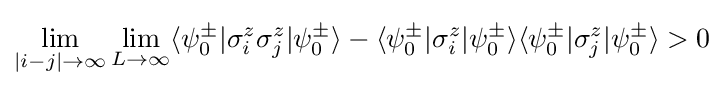
\lim _{|i-j|\rightarrow \infty }\lim _{L\rightarrow \infty }\langle \psi _{0}^{\pm }|\sigma _{i}^{z}\sigma _{j}^{z}|\psi _{0}^{\pm }\rangle -\langle \psi _{0}^{\pm }|\sigma _{i}^{z}|\psi _{0}^{\pm }\rangle \langle \psi _{0}^{\pm }|\sigma _{j}^{z}|\psi _{0}^{\pm }\rangle >0